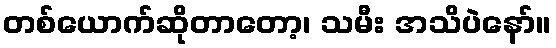
တစ်ယောက်ဆိုတာတော့၊ သမီး အသိပဲနော်။